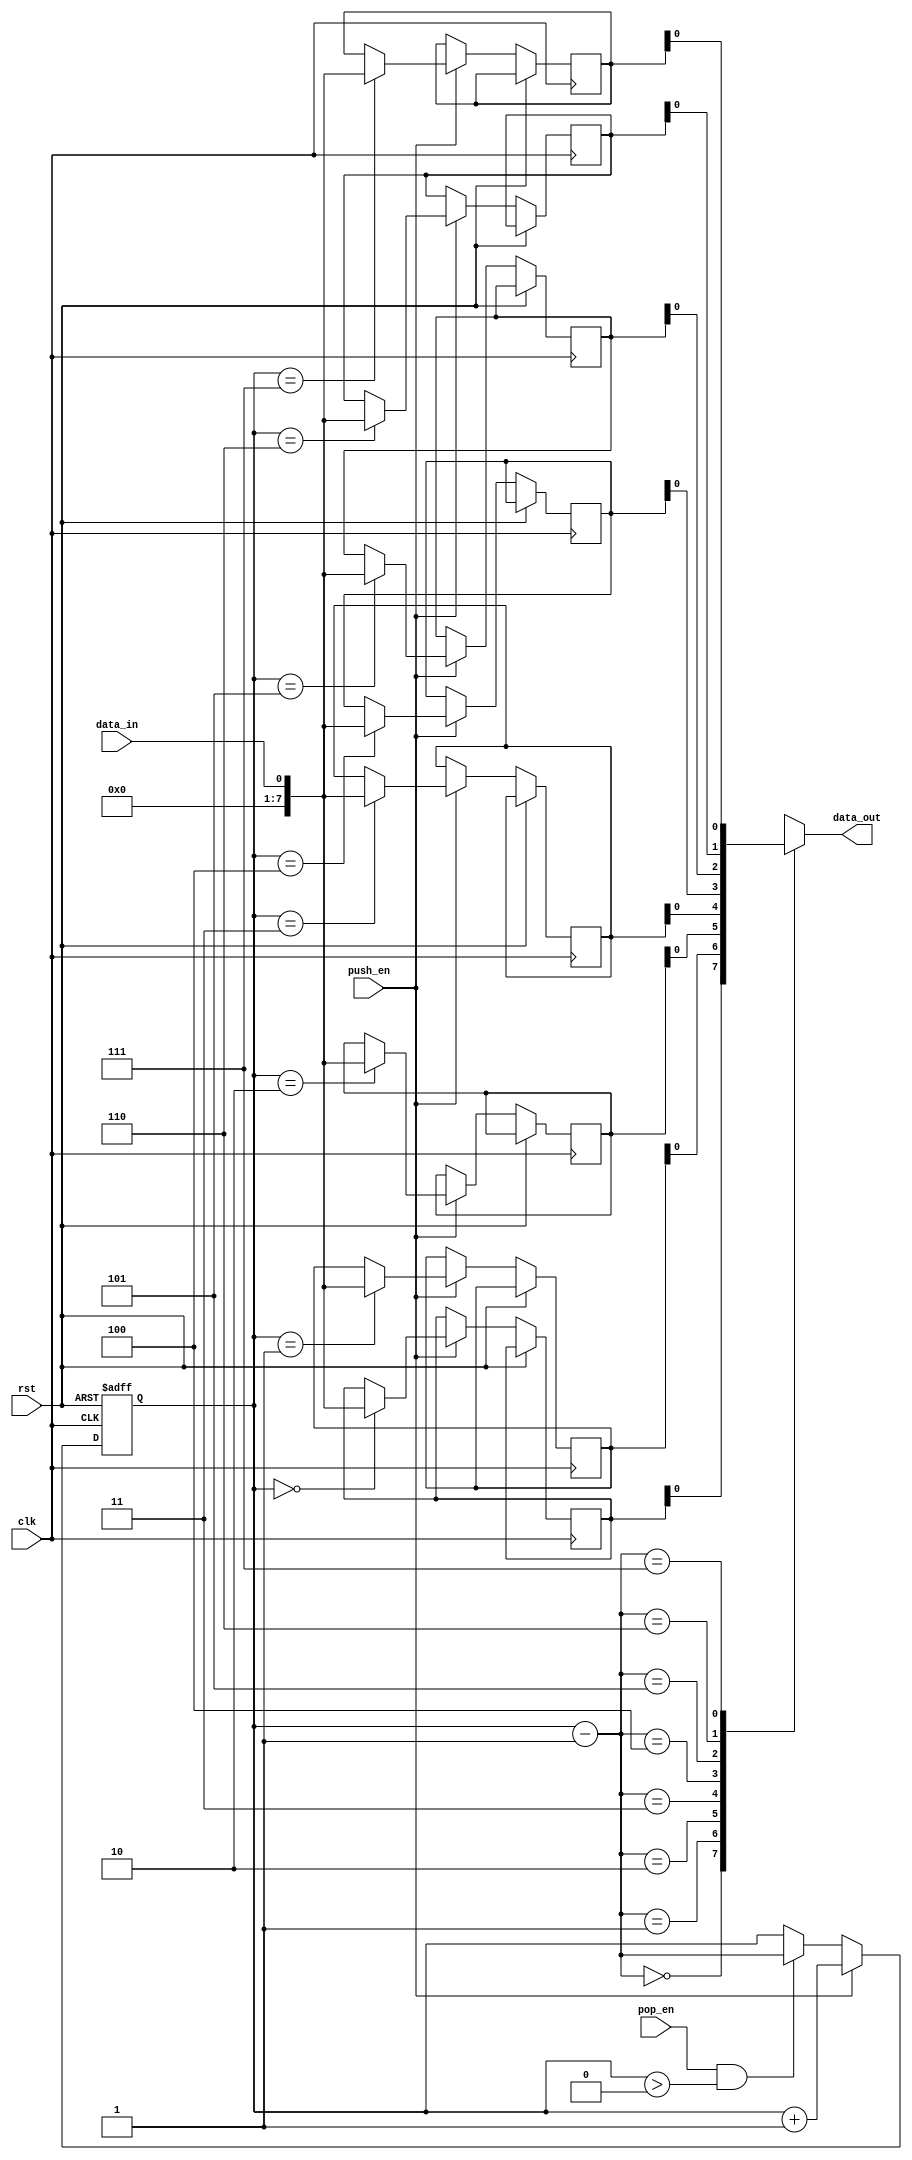
module lifo_stack(
    input wire clk,  // Clock signal
    input wire rst,  // Reset signal
    input wire push_en,  // Enable signal for push operation
    input wire pop_en,  // Enable signal for pop operation
    input wire data_in,  // Input data
    output reg data_out  // Output data
);

reg [7:0] stack [0:7];  // Stack to hold 8-bit data
reg [2:0] top;  // Pointer to top of the stack

initial begin
    top = 0;  // Initialize top of the stack
end

always @(posedge clk or posedge rst) begin
    if (rst) begin
        top <= 0;  // Reset top of the stack
    end else begin
        if (push_en) begin
            stack[top] <= data_in;  // Push data onto the stack
            top <= top + 1;  // Increment top of the stack
        end else if (pop_en && top > 0) begin
            top <= top - 1;  // Decrement top of the stack
        end
    end
end

assign data_out = stack[top - 1];  // Output data from top of the stack

endmodule